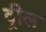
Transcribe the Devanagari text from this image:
व्रील